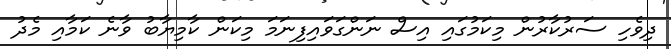
ދިވެހި ސަރުކާރުން މިކަމުގައި އިސް ނަންގަވައިފިނަަމަ މިކަން ކާމިޔާބު ވާނެ ކަމާއި މެދު